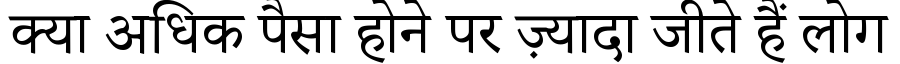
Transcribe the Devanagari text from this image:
क्या अधिक पैसा होने पर ज़्यादा जीते हैं लोग